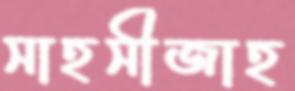
সাহসীজাহ